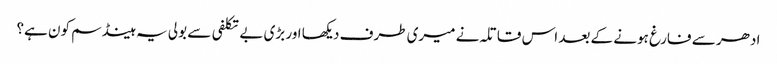
ادھر سے فارغ ہونے کے بعد اس قاتلہ نے میری طرف دیکھا اور بڑی بے تکلفی سے بولی یہ ہینڈ سم کون ہے؟